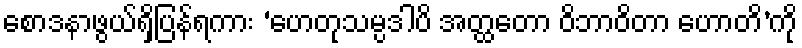
စောဒနာဖွယ်ရှိပြန်ရကား ‘ဟေတုသမ္ပဒါပိ အတ္ထတော ဝိဘာဝိတာ ဟောတိ’ကို